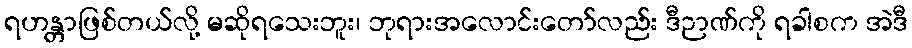
ရဟန္တာဖြစ်တယ်လို့ မဆိုရသေးဘူး၊ ဘုရားအလောင်းတော်လည်း ဒီဉာဏ်ကို ရခါစက အဲဒီ